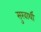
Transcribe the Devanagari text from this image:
सुखार्थी